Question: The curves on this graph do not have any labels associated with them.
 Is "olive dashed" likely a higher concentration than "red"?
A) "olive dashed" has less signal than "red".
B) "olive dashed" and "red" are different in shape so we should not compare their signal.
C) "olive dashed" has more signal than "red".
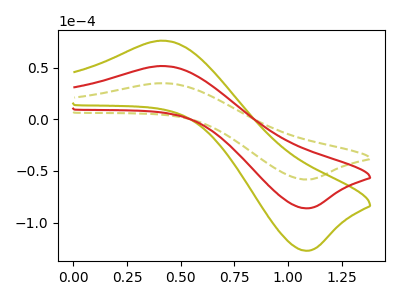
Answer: <think>The olive dashed curve "olive dashed" has an anodic peak at (0.40V, 34.85uA) and a cathodic peak at (1.10V, -58.40uA). The olive curve "olive" has an anodic peak at (0.40V, 102.90uA) and a cathodic peak at (1.10V, -172.40uA). The red curve "red" has an anodic peak at (0.40V, 51.45uA) and a cathodic peak at (1.10V, -86.20uA).
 All the peaks in "olive dashed" have a peak in "red" at the same potential. Every peak in "olive dashed" is lower than every peak in "red".</think>
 <answer>A) "olive dashed" has less signal than "red".</answer>
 <eval>A</eval>